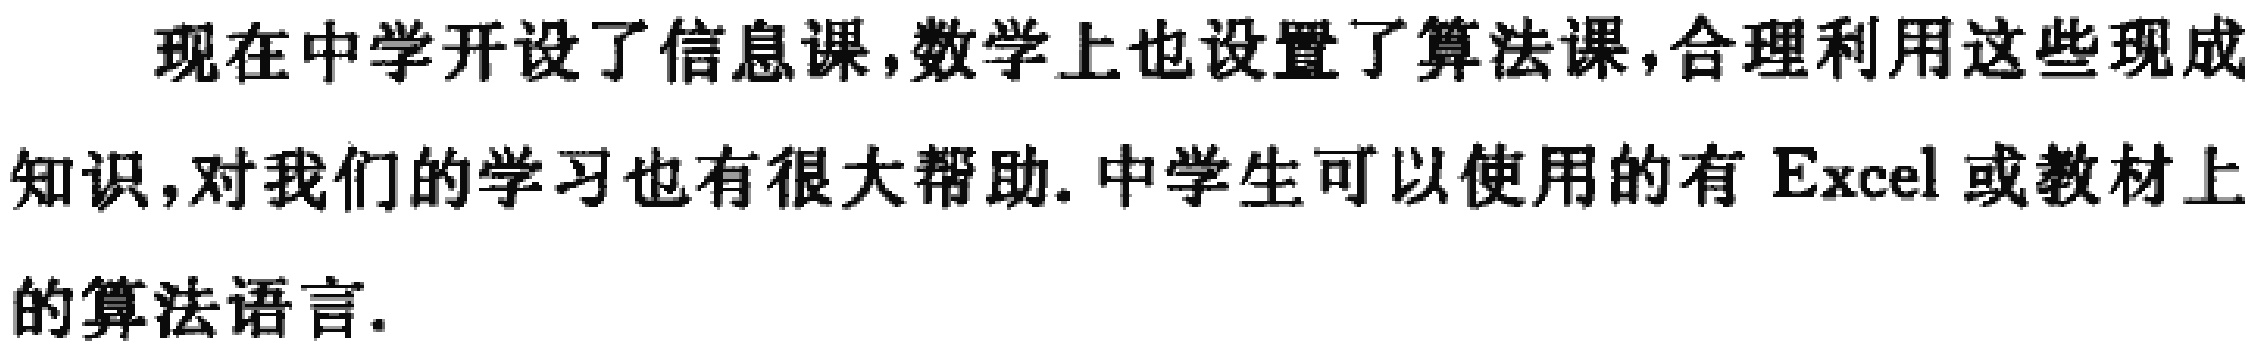
现在中学开设了信息课,数学上也设置了算法课,合理利用这些现成知识,对我们的学习也有很大帮助. 中学生可以使用的有 Excel 或教材上的算法语言.